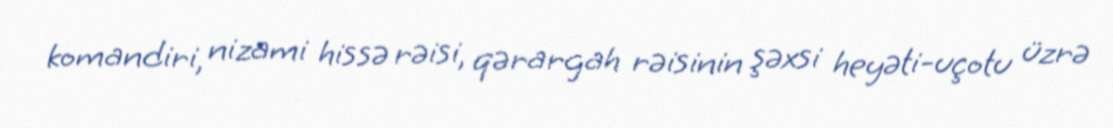
komandiri, nizami hissə rəisi, qərargah rəisinin şəxsi heyəti-uçotu üzrə